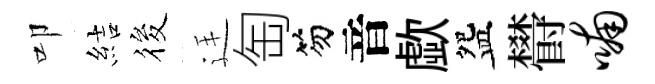
叩結筱廷匋笏音歔盌欎喃